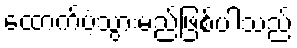
ထောက်ပံ့သွားမည်ဖြစ်ပါသည်